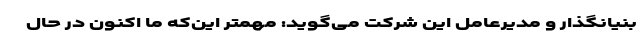
بنیانگذار و مدیرعامل این شرکت می‌گوید: مهمتر این‌که ما اکنون در حال